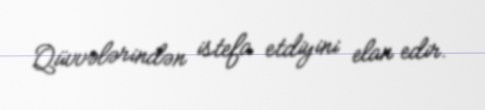
Qüvvələrindən istefa etdiyini elan edir.